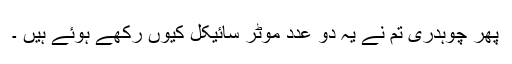
پھر چوہدری تم نے یہ دو عدد موٹر سائیکل کیوں رکھے ہوئے ہیں ۔